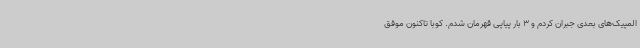
المپیک‌های بعدی جبران کردم و 3 بار پیاپی قهرمان شدم. کوبا تاکنون موفق